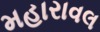
મહારાવલ